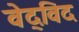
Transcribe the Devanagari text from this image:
वेद्‍विद